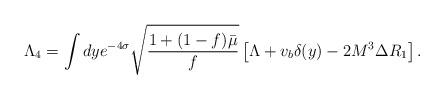
LaTeX: \begin{align*}\Lambda_4 = \int dy e^{-4 \sigma} \sqrt{\frac{1 + (1 - f) \bar{\mu}}{f}}\left[ \Lambda + v_b \delta(y) - 2 M^3 \Delta R_1 \right].\end{align*}